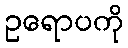
ဥရောပကို